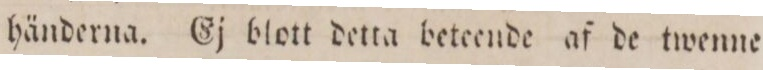
händerna. Ej blott detta beteende af de twenne